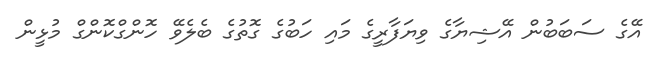
އޭގެ ސަބަބުން އޭޝިޔާގެ ވިޔަފާރީގެ މައި ހަބުގެ ގޮތުގެ ބެލެވޭ ހޮންގްކޮންގް މުޅީން